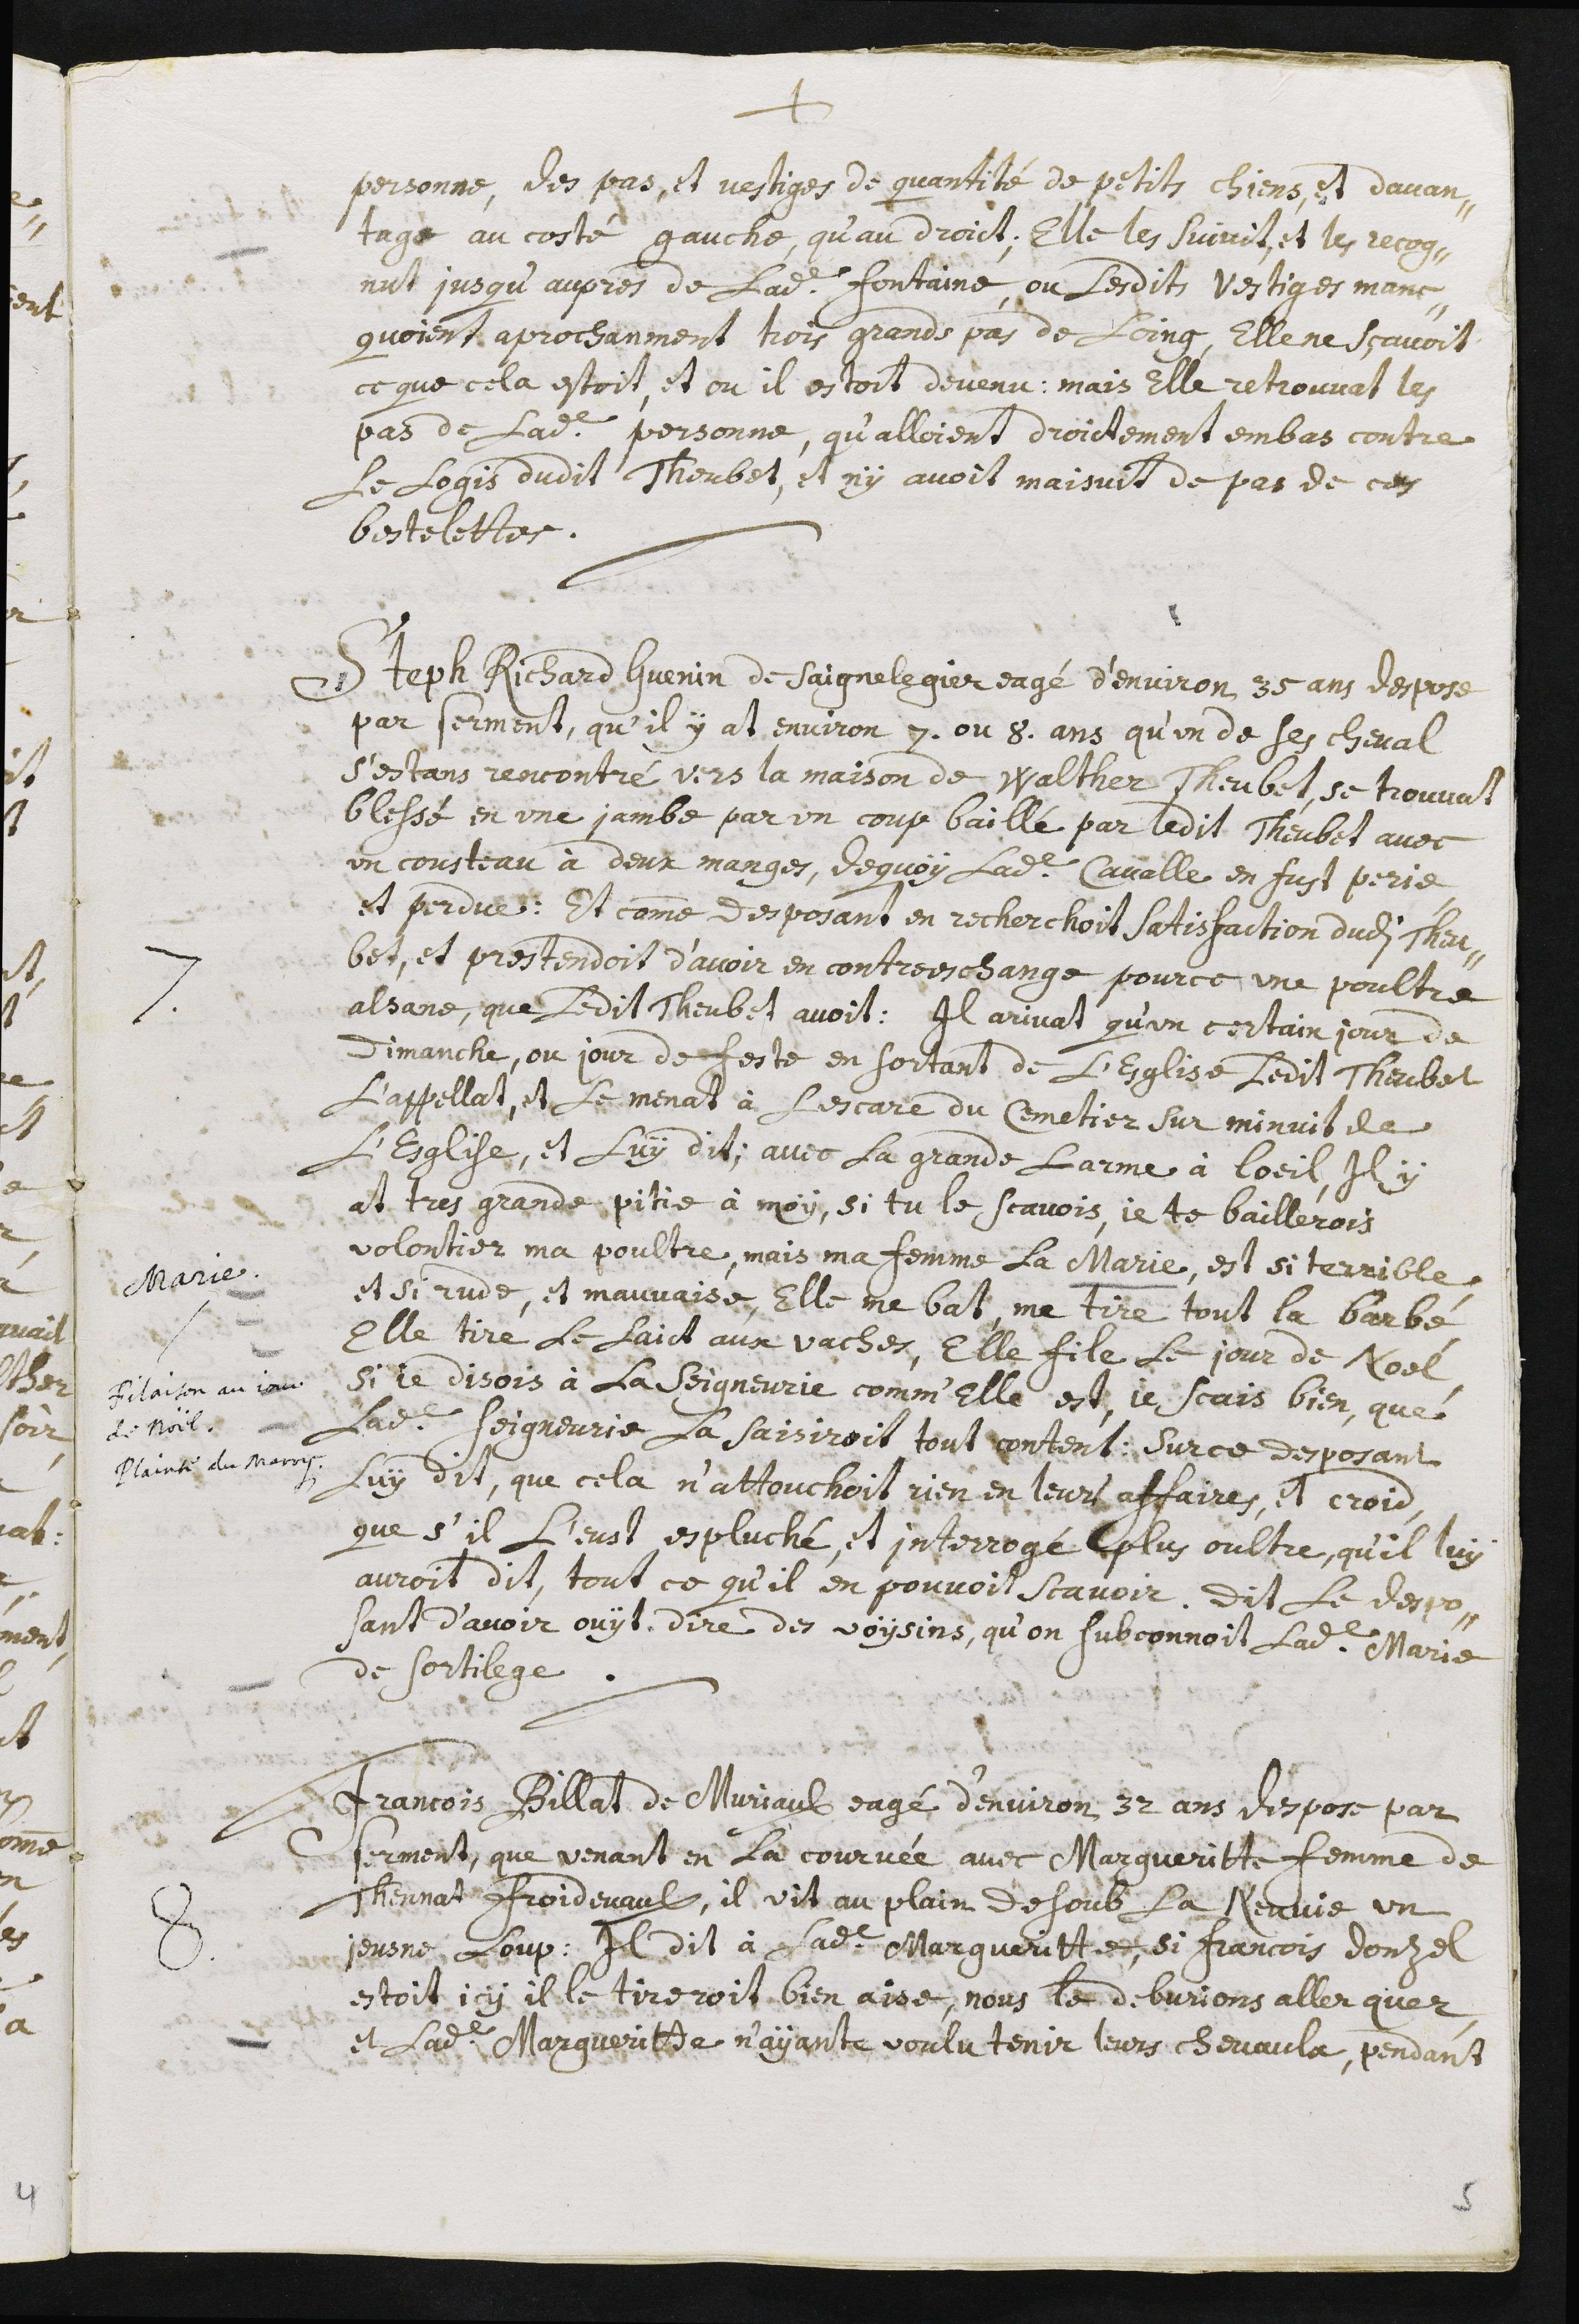
+
personne, des pas, et vestiges de quantité de petits chiens, et davan-
tage au costé gauche, qu’au droict, elle les suivait, et les recog-
nut jusqu’aupres de ladite fontaine, ou lesdits vestiges manc-
quoient aprochanment trois grands pas de loing, elle ne sçavoit
ce que cela estoit, et ou il estoit devenu. Mais elle retrouvat les
pas de ladite personne, qu’alloient droictement en bas contre
le logis dudit Theubet, et n’y avoit maisuit de pas de ces
bestelettes.
7. Steph Richard Guenin de Saignelegier eagé d’environ 35 ans despose
par serment, qu’il y at environ 7 ou 8 ans qu’un de ses cheval
s’estans rencontré vers la maison de Walther Theubet, se trouvat
blessé en une jambe par un coup baillé par ledit Theubet avec
un cousteau à deux manges, de quoy ladite cavalle en fust perie
et perdue : et comme desposant en recherchoit satisfaction dudit Theu-
bet, et prestendoit d’avoir en contre eschange pour ce une poultre
alsane, que ledit Theubet avoit. Il arivat qu’un certain jour de
dimanche, ou jour de feste en sortant de l’esglise ledit Theubet
l’appellat, et le menat à l’escare du cemetier sur minuit de
l’esglise, et luy dit, avec la grande larme à l’œil, Il y
at tres grande pitie à moy, si tu le scavois, je te baillerois
volontier ma poultre, mais ma femme la Marie, est si terrible
et si rude, et mauvaise, elle me bat, me tire tout la barbé
elle tire le laict aux vaches, elle file le jour de Noel.
Si je disois à la seigneurie comm’elle est, je scais bien, que
ladite seigneurie la saisiroit tout content: Sur ce desposant
luy dit, que cela n’attouchoit rien en leur affaire, et croid
que s’il l’eust espluché, et interrogé plus oultre, qu’il luy
auroit dit, tout ce qu’il en pouvoit scavoir. Dit le despo-
sant d’avoir ouyt dire des voysins, qu’on subconnoit ladite Marie
de sortilege.
Marie
Filaison au jour
de noël.
Plainte du marry
8. Francois Billat de Muriaulx eagé d’environ 32 ans despose par
serment, que venant en la courvée avec Marguerite femme de
Thennat Froidevaulx, il vit au plain desoub la Neuvie un
jeusne loup : il dit à ladite Marguerite, si Francois Donzel
estoit icy il le tireroit bien aise, nous le debvrions aller quer,
et ladite Marguerite n’ayante voulu tenir leurs chevaulx, pendant